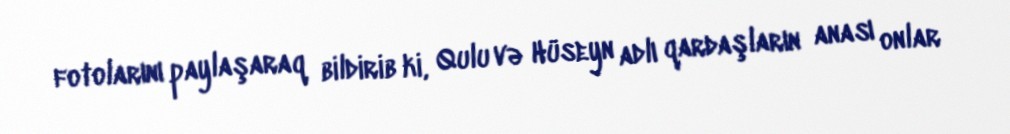
fotolarını paylaşaraq bildirib ki, Qulu və Hüseyn adlı qardaşların anası onlar